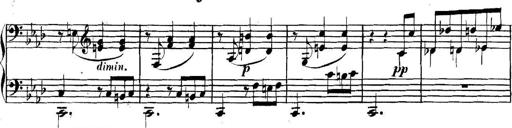
Title: Collected Piano Sonatas
Composer: Muzio Clementi